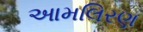
આમલિરણ